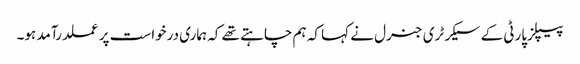
پیپلزپارٹی کے سیکرٹری جنرل نے کہا کہ ہم چاہتے تھے کہ ہماری درخواست پر عملدرآمد ہو۔